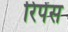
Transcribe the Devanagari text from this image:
रिपेंस